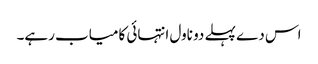
اس دے پہلے دو ناول انتہائی کامیاب رہے۔